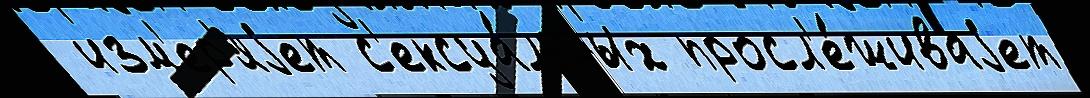
 изм'ер'яjет с'ексуа́льных просл'е́живаjет